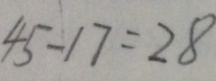
4 5 - 1 7 = 2 8